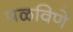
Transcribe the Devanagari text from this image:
पळविणे